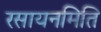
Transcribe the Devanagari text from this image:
रसायनमिति